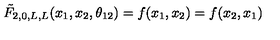
\tilde { F } _ { 2 , 0 , L , L } ( x _ { 1 } , x _ { 2 } , \theta _ { 1 2 } ) = f ( x _ { 1 } , x _ { 2 } ) = f ( x _ { 2 } , x _ { 1 } )